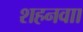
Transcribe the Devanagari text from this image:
शहनवाा